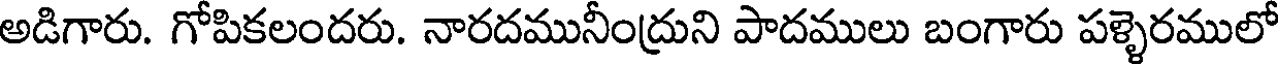
అడిగారు. గోపికలందరు. నారదమునీంద్రుని పాదములు బంగారు పళ్ళెరములో